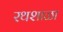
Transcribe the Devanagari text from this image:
रथशाळा